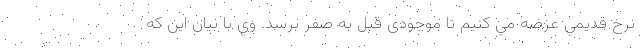
نرخ قديمي عرضه مي كنيم تا موجودی قبل به صفر برسد. وي با بيان اين كه